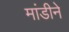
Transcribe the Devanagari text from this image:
मांडीने